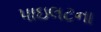
પાઇલટના